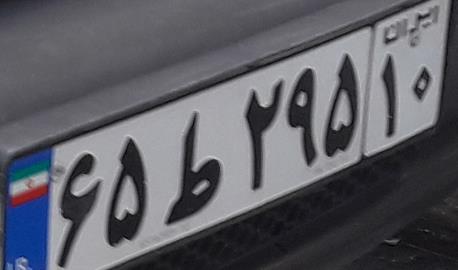
۶۵ط۲۹۵۱۰